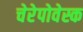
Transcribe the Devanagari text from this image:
चेरेपोवेस्क